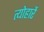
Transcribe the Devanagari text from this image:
त्योहारें